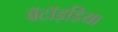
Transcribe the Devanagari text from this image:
बॅटॉइडिया